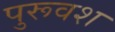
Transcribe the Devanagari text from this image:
पुरूवश